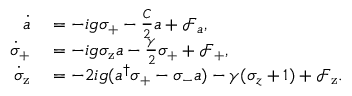
\begin{array} { r l } { \dot { a } } & { { } = - i g \sigma _ { \mathrm { + } } - \frac { C } { 2 } a + \mathcal { F } _ { a } , } \\ { \dot { \sigma } _ { \mathrm { + } } } & { { } = - i g \sigma _ { \mathrm { z } } a - \frac { \gamma } { 2 } \sigma _ { \mathrm { + } } + \mathcal { F } _ { \mathrm { + } } , } \\ { \dot { \sigma } _ { \mathrm { z } } } & { { } = - 2 i g ( a ^ { \dagger } \sigma _ { \mathrm { + } } - \sigma _ { \mathrm { - } } a ) - \gamma ( \sigma _ { z } + 1 ) + \mathcal { F } _ { \mathrm { z } } . } \end{array}